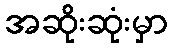
အဆိုးဆုံးမှာ